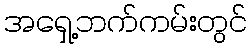
အရှေ့ဘက်ကမ်းတွင်